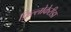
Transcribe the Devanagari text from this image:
फ़िल्लोकेरीडा